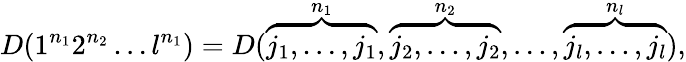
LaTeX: D(1^{n_{1}}2^{n_{2}}\ldots l^{n_{1}})=D(\overbrace{j_{1},\ldots,j_{1}}^{n_{1}},\overbrace{j_{2},\ldots,j_{2}}^{n_{2}},\ldots,\overbrace{j_{l},\ldots,j_{l}}^{n_{l}}),